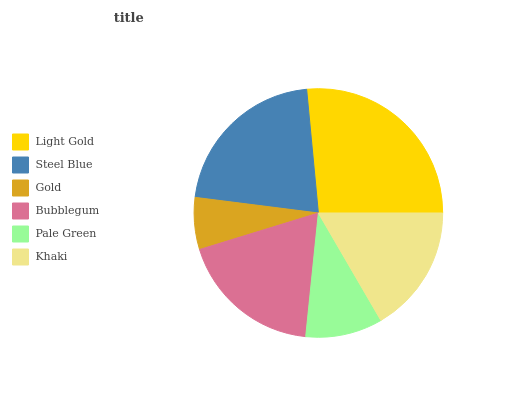
| Light Gold | Steel Blue | Gold | Bubblegum | Pale Green | Khaki |
 | --- | --- | --- | --- | --- | --- |
 | 26.6% | 21.5% | 6.75% | 18.6% | 10% | 16.6% |